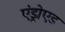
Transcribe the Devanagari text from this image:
एंड्रोएड